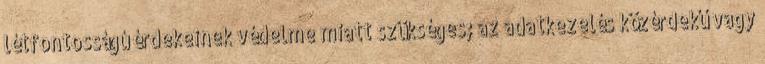
létfontosságú érdekeinek védelme miatt szükséges; az adatkezelés közérdekű vagy